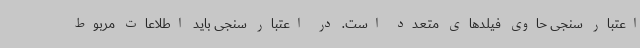
اعتبار سنجی حاوی فیلدهای متعدد است. در اعتبار سنجی باید اطلاعات مربوط